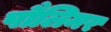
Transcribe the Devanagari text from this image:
पौलिमर